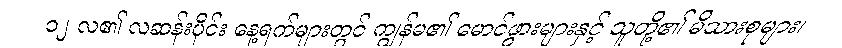
၁၂ လ၏ လဆန်းပိုင်း နေ့ရက်များတွင် ကျွန်မ၏ မောင်ဖွားများနှင့် သူတို့၏ မိသားစုများ၊